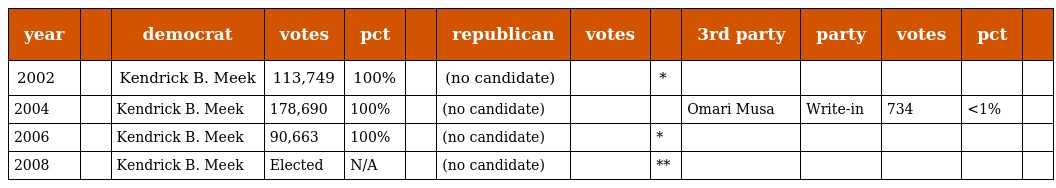
| year |  | democrat | votes | pct |  | republican | votes |  | 3rd party | party | votes | pct |  |
 | --- | --- | --- | --- | --- | --- | --- | --- | --- | --- | --- | --- | --- | --- |
 | 2002 |  | Kendrick B. Meek | 113,749 | 100% |  | (no candidate) |  | * |  |  |  |  |  |
 | 2004 |  | Kendrick B. Meek | 178,690 | 100% |  | (no candidate) |  |  | Omari Musa | Write-in | 734 | <1% |  |
 | 2006 |  | Kendrick B. Meek | 90,663 | 100% |  | (no candidate) |  | * |  |  |  |  |  |
 | 2008 |  | Kendrick B. Meek | Elected | N/A |  | (no candidate) |  | ** |  |  |  |  |  |